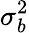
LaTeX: \sigma_{b}^{2}